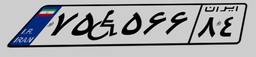
۷۵W۵۶۶۸۴